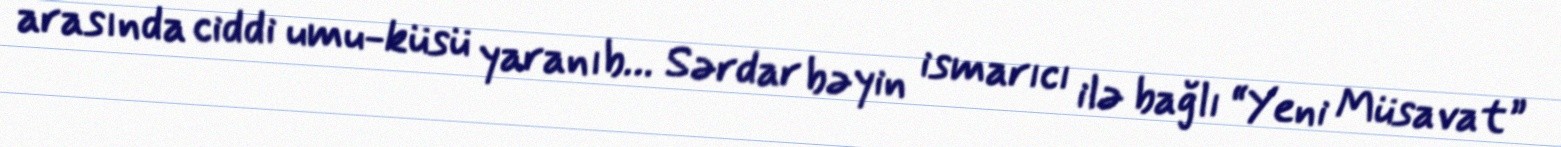
arasında ciddi umu-küsü yaranıb… Sərdar bəyin ismarıcı ilə bağlı “Yeni Müsavat”